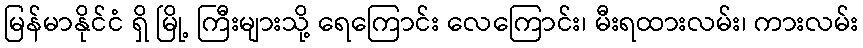
မြန်မာနိုင်ငံ ရှိ မြို့ ကြီးများသို့ ရေကြောင်း လေကြောင်း၊ မီးရထားလမ်း၊ ကားလမ်း